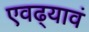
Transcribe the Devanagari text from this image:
एवढ्यावं